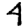
Digit: 4